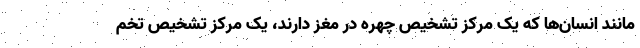
مانند انسان‌ها که یک مرکز تشخیص چهره در مغز دارند، یک مرکز تشخیص تخم